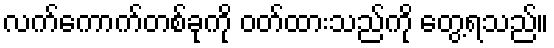
လက်ကောက်တစ်ခုကို ဝတ်ထားသည်ကို တွေ့ရသည်။